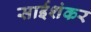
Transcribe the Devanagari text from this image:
साईशंकर